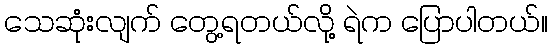
သေဆုံးလျက် တွေ့ရတယ်လို့ ရဲက ပြောပါတယ်။